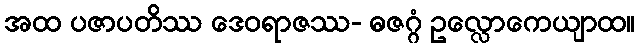
အထ ပဇာပတိဿ ဒေဝရာဇဿ- ဓဇဂ္ဂံ ဥလ္လောကေယျာထ။